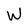
Character: W